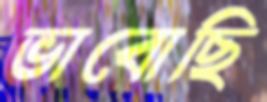
ভাবোছি